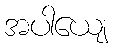
အပါယျေ